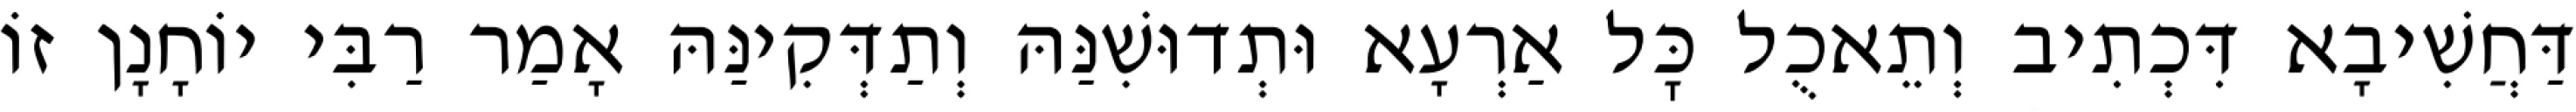
דַּחֲשִׁיבָא דִּכְתִיב וְתֵאכֻל כׇּל אַרְעָא וּתְדוּשִׁנַּהּ וְתַדְּקִינַּהּ אָמַר רַבִּי יוֹחָנָן זוֹ